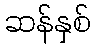
ဆန်နှစ်